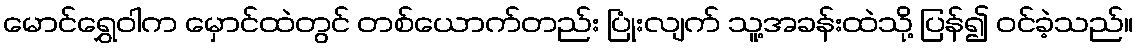
မောင်ရွှေဝါက မှောင်ထဲတွင် တစ်ယောက်တည်း ပြုံးလျက် သူ့အခန်းထဲသို့ ပြန်၍ ဝင်ခဲ့သည်။